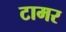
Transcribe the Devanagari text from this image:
टामर